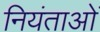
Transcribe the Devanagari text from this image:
नियंताओं